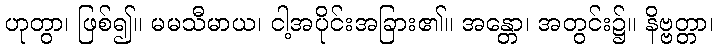
ဟုတွာ၊ ဖြစ်၍။ မမသီမာယ၊ ငါ့အပိုင်းအခြား၏။ အန္တော၊ အတွင်း၌။ နိဗ္ဗတ္တာ၊